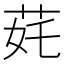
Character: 䒲